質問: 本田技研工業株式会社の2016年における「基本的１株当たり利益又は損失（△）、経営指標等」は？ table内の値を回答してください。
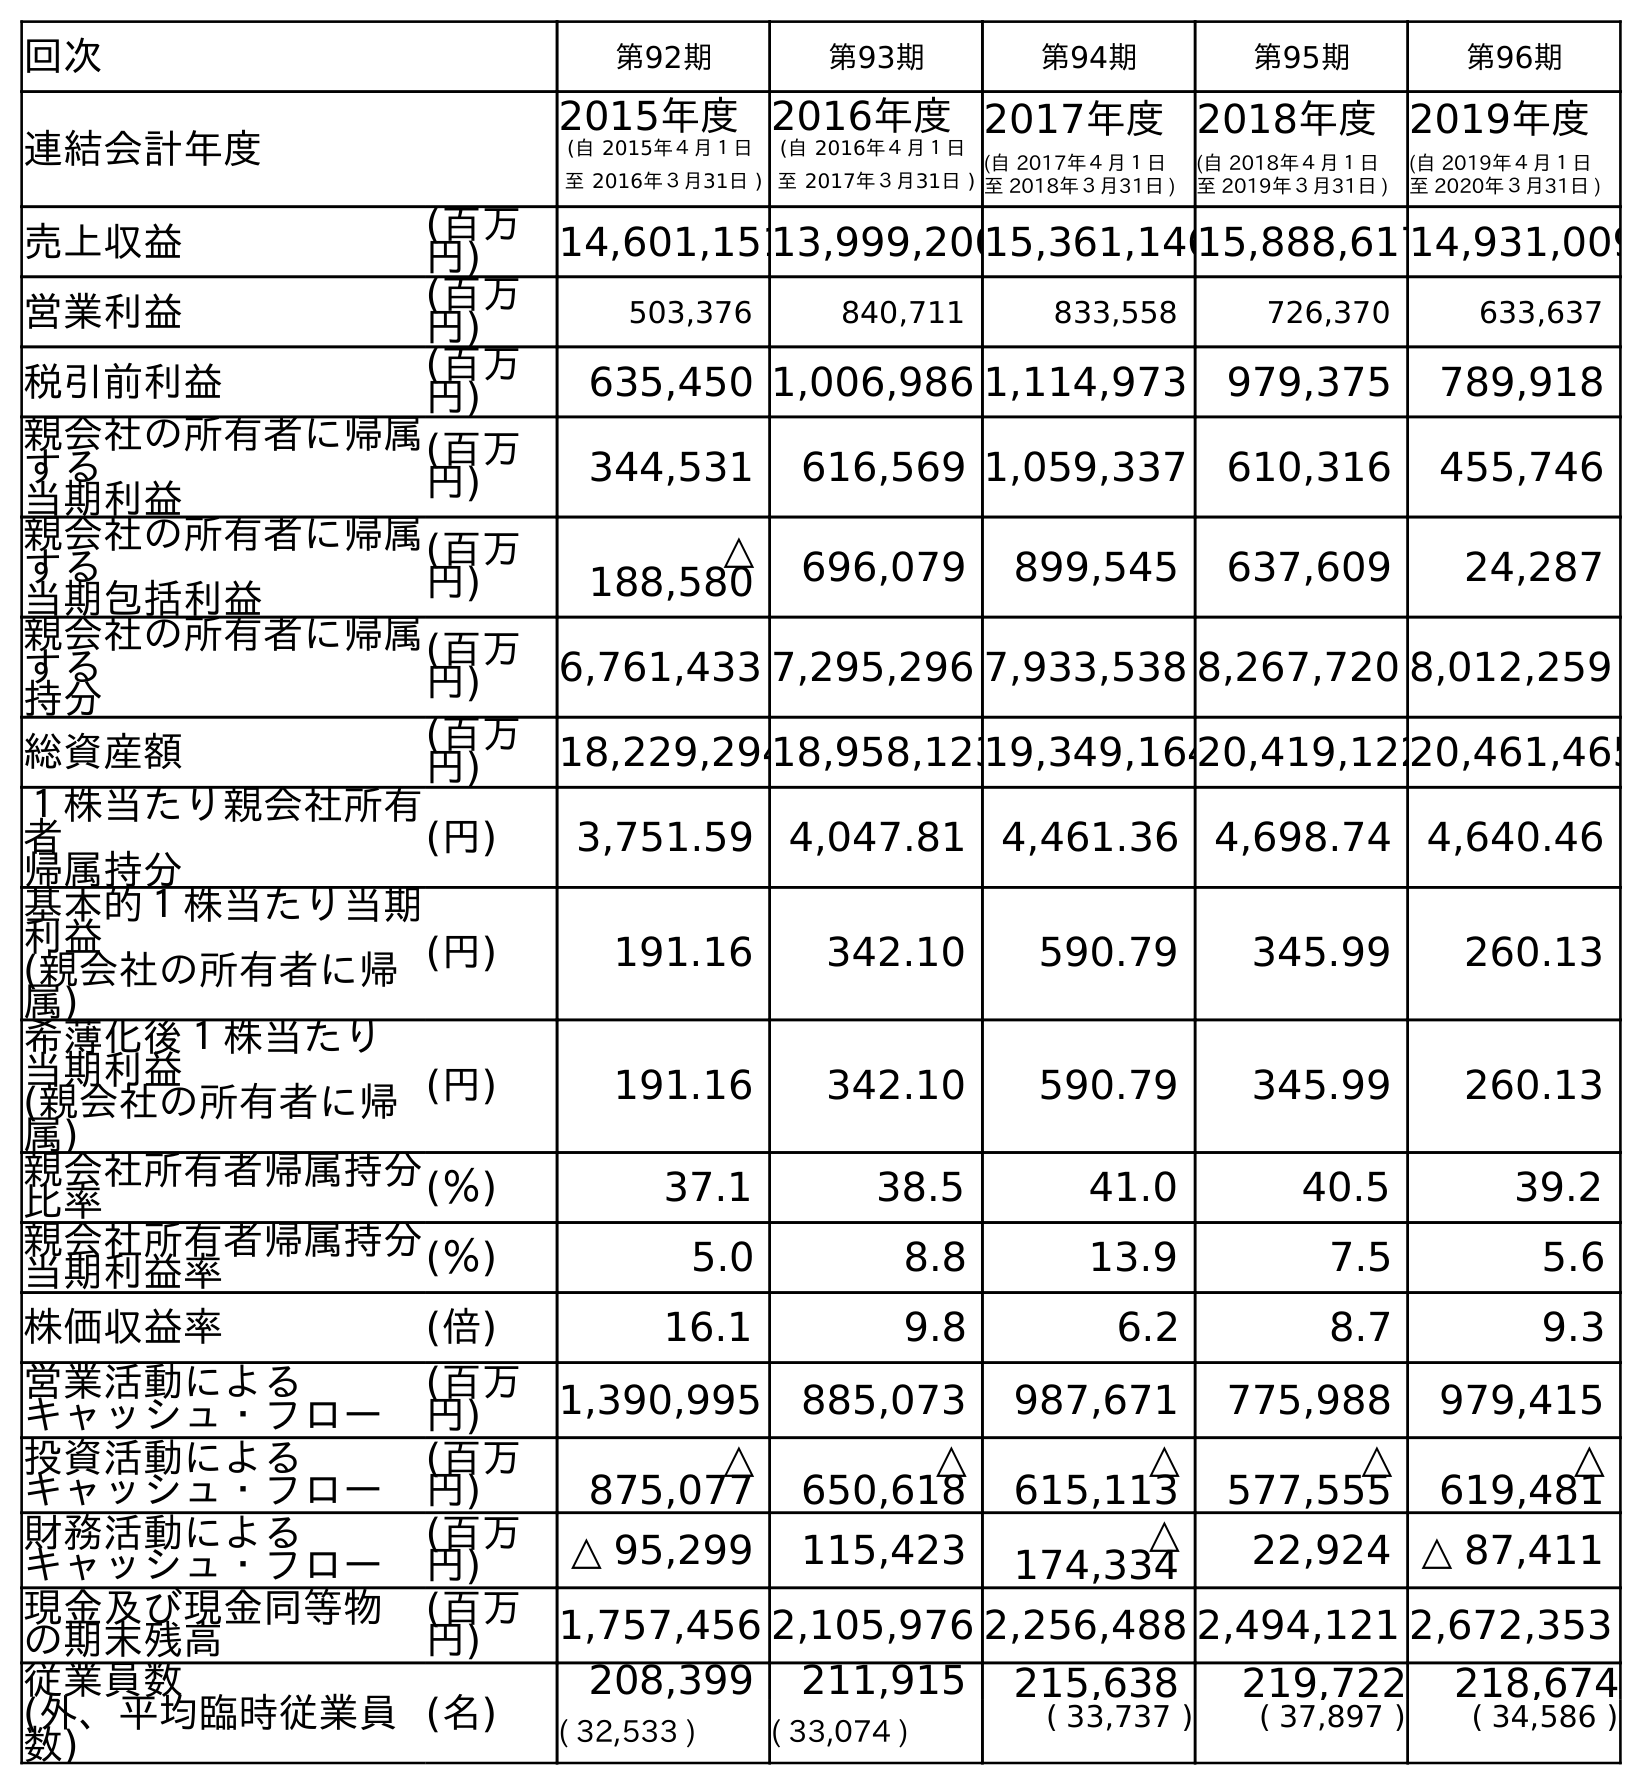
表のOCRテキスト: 回次 第92期 第93期 第94期 第95期 第96期 連結会計年度 2015年度 (自 2015年４月１日 至 2016年３月31日 ) 2016年度 (自 2016年４月１日 至 2017年３月31日 ) 2017年度 (自 2017年４月１日 至 2018年３月31日 ) 2018年度 (自 2018年４月１日 至 2019年３月31日 ) 2019年度 (自 2019年４月１日 至 2020年３月31日 ) 売上収益 (百万 円) 14,601,15113,999,20015,361,14615,888,61714,931,009 営業利益 (百万 円) 503,376 840,711 833,558 726,370 633,637 税引前利益 (百万 円) 635,450 1,006,986 1,114,973 979,375 789,918 親会社の所有者に帰属 する 当期利益 (百万 円) 344,531 616,569 1,059,337 610,316 455,746 親会社の所有者に帰属 する 当期包括利益 (百万 円) △ 188,580 696,079 899,545 637,609 24,287 親会社の所有者に帰属 する 持分 (百万 円) 6,761,433 7,295,296 7,933,538 8,267,720 8,012,259 総資産額 (百万 円) 18,229,29418,958,12319,349,16420,419,12220,461,465 １株当たり親会社所有 者 帰属持分 (円) 3,751.59 4,047.81 4,461.36 4,698.74 4,640.46 基本的１株当たり当期 利益 (親会社の所有者に帰 属) (円) 191.16 342.10 590.79 345.99 260.13 希薄化後１株当たり 当期利益 (親会社の所有者に帰 属) (円) 191.16 342.10 590.79 345.99 260.13 親会社所有者帰属持分 比率 (％) 37.1 38.5 41.0 40.5 39.2 親会社所有者帰属持分 当期利益率 (％) 5.0 8.8 13.9 7.5 5.6 株価収益率 (倍) 16.1 9.8 6.2 8.7 9.3 営業活動による キャッシュ・フロー (百万 円) 1,390,995 885,073 987,671 775,988 979,415 投資活動による キャッシュ・フロー (百万 円) △ 875,077 △ 650,618 △ 615,113 △ 577,555 △ 619,481 財務活動による キャッシュ・フロー (百万 円) △ 95,299 115,423 △ 174,334 22,924 △ 87,411 現金及び現金同等物 の期末残高 (百万 円) 1,757,456 2,105,976 2,256,488 2,494,121 2,672,353 従業員数 (外、平均臨時従業員 数) (名) 208,399 211,915 215,638 219,722 218,674 ( 32,533 ) ( 33,074 ) ( 33,737 ) ( 37,897 ) ( 34,586 )
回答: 191.16